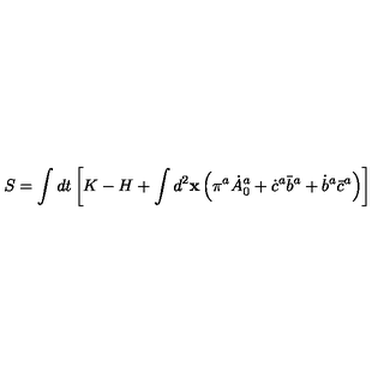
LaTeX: S = \int d t \left[ K - H + \int d ^ { 2 } { \bf x } \left( \pi ^ { a } \dot { A } _ { 0 } ^ { a } + \dot { c } ^ { a } { \bar { b } } ^ { a } + \dot { b } ^ { a } \bar { c } ^ { a } \right) \right]